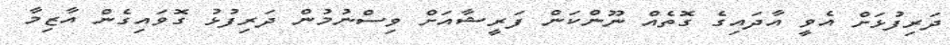
ދަރިފުޅަށް އެވީ އާދައިގެ ގޮތެއް ނޫންކަން ފަރީޝާއަށް ވިސްނުމުން ދަރިފުޅު ގޮވައިގެން އާޒިމާ